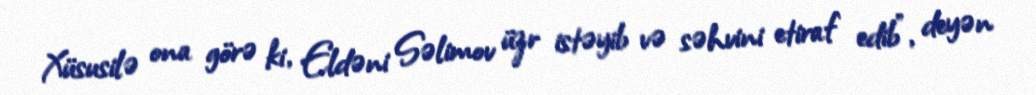
Xüsusilə ona görə ki, Eldəni Səlimov üzr istəyib və səhvini etiraf edib”, deyən